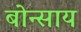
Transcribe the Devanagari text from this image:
बोन्साय